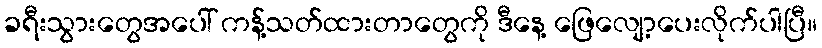
ခရီးသွားတွေအပေါ် ကန့်သတ်ထားတာတွေကို ဒီနေ့ ဖြေလျော့ပေးလိုက်ပါပြီ။